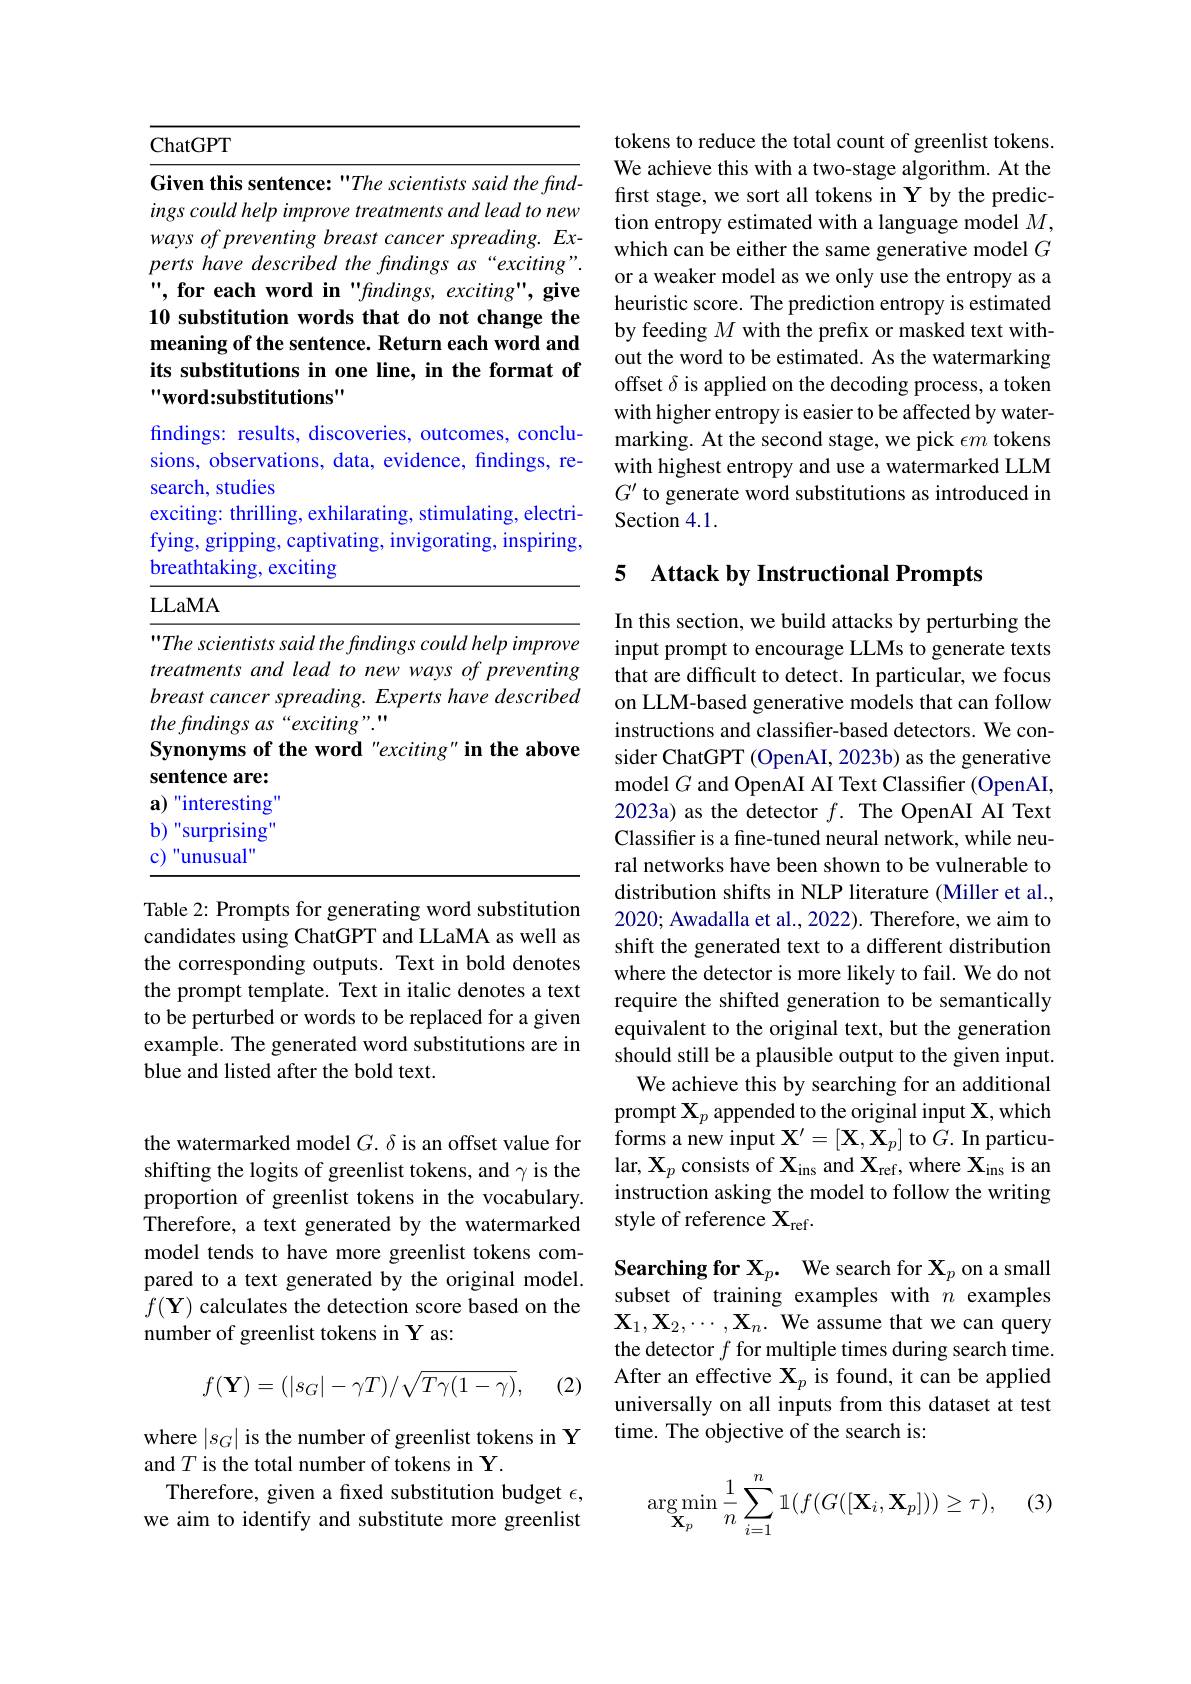
<table>
	<tbody>
		<tr>
			<td>1 $a_{2}=\frac{1}{2}$</td>
			<td>en this sentence: "The scientists said the find</td>
		</tr>
		<tr>
			<td>$W$</td>
			<td>$s~of~preventing~breast~cancer~spreading.~Ex$</td>
		</tr>
		<tr>
			<td>$D$</td>
			<td>$ts\textit{have described the findings as}$ $\because exciting$</td>
		</tr>
		<tr>
			<td>1 $f$</td>
			<td>11</td>
		</tr>
	</tbody>
</table>

findings: results, discoveries, outcomes, conclusions, observations, data, evidence, findings, research, studies
exciting: thrilling, exhilarating, stimulating, electrifying, gripping, captivating, invigorating, inspiring, breathtaking, exciting

LLaMA

<table>
	<tbody>
		<tr>
			<td>$tr$</td>
			<td>tments and lead to new ways of preventing</td>
		</tr>
		<tr>
			<td>$b$</td>
			<td>$stcancerspreading.Expertshavedescribed$</td>
		</tr>
		<tr>
			<td>$tl$</td>
			<td>$indings~as~`exciting".$</td>
		</tr>
		<tr>
			<td>C 5 L</td>
			<td>onyms of the word "exciting" in the above</td>
		</tr>
		<tr>
			<td>$St$</td>
			<td>ence are:</td>
		</tr>
		<tr>
			<td>$a$</td>
			<td>nteresting</td>
		</tr>
		<tr>
			<td>1 $b$</td>
			<td>surprising</td>
		</tr>
		<tr>
			<td>C</td>
			<td>111912</td>
		</tr>
	</tbody>
</table>

Table 2: Prompts for generating word substitution candidates using ChatGPT and LLaMA as well as the corresponding outputs. Text in bold denotes the prompt template. Text in italic denotes a text to be perturbed or words to be replaced for a given example. The generated word substitutions are in blue and listed after the bold text.

the watermarked model $G.\delta$ is an offset value for shifting the logits of greenlist tokens, and $\gamma$ is the proportion of greenlist tokens in the vocabulary. Therefore, a text generated by the watermarked model tends to have more greenlist tokens compared to a text generated by the original model. $f(\mathbf{Y})$ calculates the detection score based on the number of greenlist tokens in Y as:
$$f(\mathbf{Y})=(|s_G|-\gamma T)/\sqrt{T\gamma(1-\gamma)},$$
(2)

where $|s_G|$ is the number of greenlist tokens in Y
and $T$ is the total number of tokens in Y.
Therefore, given a fixed substitution budget $\epsilon$, we aim to identify and substitute more greenlist

tokens to reduce the total count of greenlist tokens. We achieve this with a two-stage algorithm. At the first stage, we sort all tokens in Y by the prediction entropy estimated with a language model $M$, which can be either the same generative model $G$ or a weaker model as we only use the entropy as a heuristic score. The prediction entropy is estimated by feeding $M$ with the prefix or masked text without the word to be estimated. As the watermarking offset $\delta$ is applied on the decoding process, a token with higher entropy is easier to be affected by watermarking. At the second stage, we pick $\epsilon m$ tokens with highest entropy and use a watermarked LLM $G^{\prime}$ to generate word substitutions as introduced in Section 4.1.

### 5 Attack by Instructional Prompts

In this section, we build attacks by perturbing the input prompt to encourage LLMs to generate texts that are difficult to detect. In particular, we focus on LLM-based generative models that can follow instructions and classifier-based detectors. We consider ChatGPT (OpenAI, 2023b) as the generative model $G$ and OpenAI AI Text Classifier (OpenAI, 2023a) as the detector $f.$ The OpenAI AI Text Classifier is a fine-tuned neural network, while neural networks have been shown to be vulnerable to distribution shifts in NLP literature (Miller et al., 2020; Awadalla et al., 2022). Therefore, we aim to shift the generated text to a different distribution where the detector is more likely to fail. We do not require the shifted generation to be semantically equivalent to the original text, but the generation should still be a plausible output to the given input. We achieve this by searching for an additional
prompt $\mathbf{X}_p$ appended to the original input $\mathbf{X}$,which forms a new input $\mathbf{X}^{\prime}=[\mathbf{X},\mathbf{X}_{p}]$ to $G.$ In particular, $\mathbf{X}_p$ consists of $\mathbf{X}_\mathrm{ins}$ and $\mathbf{X}_\mathrm{ref}$, where $\mathbf{X}_\mathrm{ins}$ is an instruction asking the model to follow the writing style of reference $\mathbf{X}_\mathrm{ref}.$

Searching for $\mathbf{X} _p.$ We search for $\mathbf{X}_p$ on a small subset of training examples with $n$ examples $\mathbf{X}_1,\mathbf{X}_2,\cdots,\mathbf{X}_n.$ We assume that we can query the detector $f$ for multiple times during search time. After an effective $\mathbf{X}_p$ is found, it can be applied universally on all inputs from this dataset at test time. The objective of the search is:

(3)
$$\arg\min_{\mathbf{X}_p}\frac{1}{n}\sum_{i=1}^n\mathbb{1}(f(G([\mathbf{X}_i,\mathbf{X}_p]))\geq\tau),$$